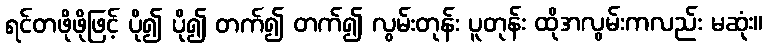
ရင်တဖိုဖိုဖြင့် ပို၍ ပို၍ တက်၍ တက်၍ လွမ်းတုန်း ပူတုန်း ထိုအလွမ်းကလည်း မဆုံး။